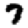
Digit: 7